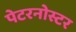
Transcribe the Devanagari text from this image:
पेटरनोस्टर